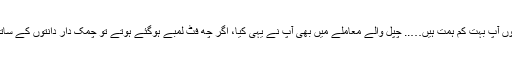
بھانجا بولا: ’’ارے ماموں آپ بہت کم ہمت ہیں….. چپل والے معاملے میں بھی آپ نے یہی کیا، اگر چھ فٹ لمبے ہوگئے ہوتے تو چمک دار دانتوں کے ساتھ اور بھی بھلے لگتے۔